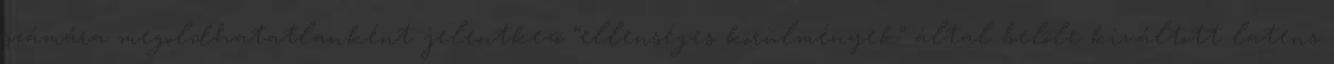
számára megoldhatatlanként jelentkezõ “ellenséges körülmények” által belõle kiváltott latens